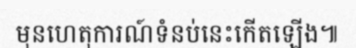
មុនហេតុការណ៍ទំនប់នេះកើតឡើង៕